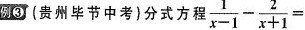
例③(贵州毕节中考}分式方程， $$\frac{1}{x-1}- \frac{2}{x+1}=